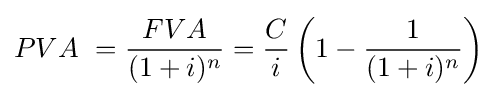
PVA\ ={\frac {FVA}{(1+i)^{n}}}={\frac {C}{i}}\left(1-{\frac {1}{(1+i)^{n}}}\right)